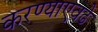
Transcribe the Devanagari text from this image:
करण्याएवढे